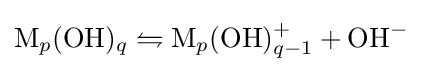
\mathrm {M} _{p}({\ce {OH}})_{q}\leftrightharpoons \mathrm {M} _{p}({\ce {OH}})_{q-1}^{+}+{\ce {OH-}}